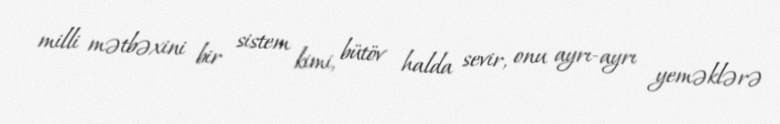
milli mətbəxini bir sistem kimi, bütöv halda sevir, onu ayrı-ayrı yeməklərə